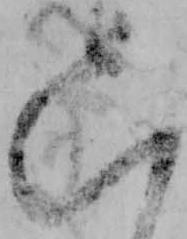
六